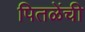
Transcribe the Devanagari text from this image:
पितळेंची